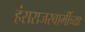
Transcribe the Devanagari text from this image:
हंसराजस्वामींच्या